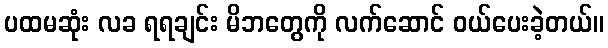
ပထမဆုံး လခ ရရချင်း မိဘတွေကို လက်ဆောင် ဝယ်ပေးခဲ့တယ်။